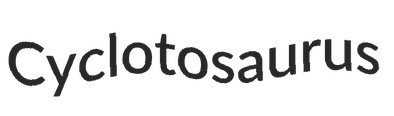
Cyclotosaurus